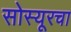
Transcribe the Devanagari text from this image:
सोस्यूरचा